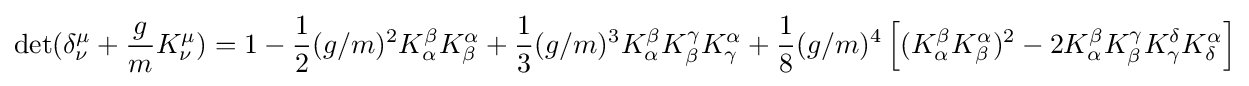
{\text{det}}(\delta _{\nu }^{\mu }+{\frac {g}{m}}K_{\nu }^{\mu })=1-{\frac {1}{2}}(g/m)^{2}K_{\alpha }^{\beta }K_{\beta }^{\alpha }+{\frac {1}{3}}(g/m)^{3}K_{\alpha }^{\beta }K_{\beta }^{\gamma }K_{\gamma }^{\alpha }+{\frac {1}{8}}(g/m)^{4}\left[(K_{\alpha }^{\beta }K_{\beta }^{\alpha })^{2}-2K_{\alpha }^{\beta }K_{\beta }^{\gamma }K_{\gamma }^{\delta }K_{\delta }^{\alpha }\right]